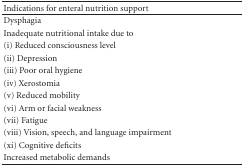
<table><thead><tr><td><b>Indications for enteral nutrition support</b></td></tr></thead><tbody><tr><td>Dysphagia</td></tr><tr><td>Inadequate nutritional intake due to</td></tr><tr><td>(i) Reduced consciousness level</td></tr><tr><td>(ii) Depression</td></tr><tr><td>(iii) Poor oral hygiene</td></tr><tr><td>(iv) Xerostomia</td></tr><tr><td>(v) Reduced mobility</td></tr><tr><td>(vi) Arm or facial weakness</td></tr><tr><td>(vii) Fatigue</td></tr><tr><td>(viii) Vision, speech, and language impairment</td></tr><tr><td>(xi) Cognitive deficits</td></tr><tr><td>Increased metabolic demands</td></tr></tbody></table>